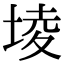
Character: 堎